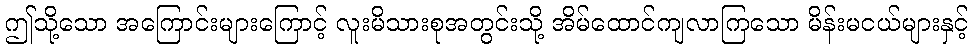
ဤသို့သော အကြောင်းများကြောင့် လူးမိသားစုအတွင်းသို့ အိမ်ထောင်ကျလာကြသော မိန်းမငယ်များနှင့်